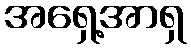
အရှေ့အာရှ